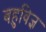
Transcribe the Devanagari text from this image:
बहुविज्ञ